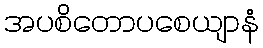
အပစိတောပစေယျာနံ